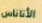
الأناناس